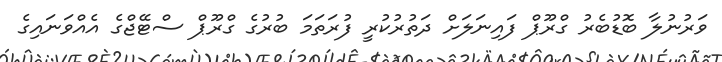
ވަރުނުލާ ބޮޑުބެރު ގްރޫޕް ފައިނަލަށް ދަތުރުކުރީ ފުރަތަމަ ބުރުގެ ގްރޫޕް ސްޓޭޖްގެ އެއްވަނައިގެ